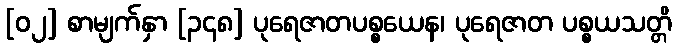
[၀၂] စာမျက်နှာ [၃၄၈] ပုရေဇာတပစ္စယေန၊ ပုရေဇာတ ပစ္စယသတ္တိ